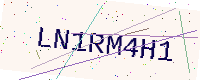
Text: LN1RM4H1